Lunatic asylums Central Provinces reports 1886-1894 - 1886-1894
Year: 1886
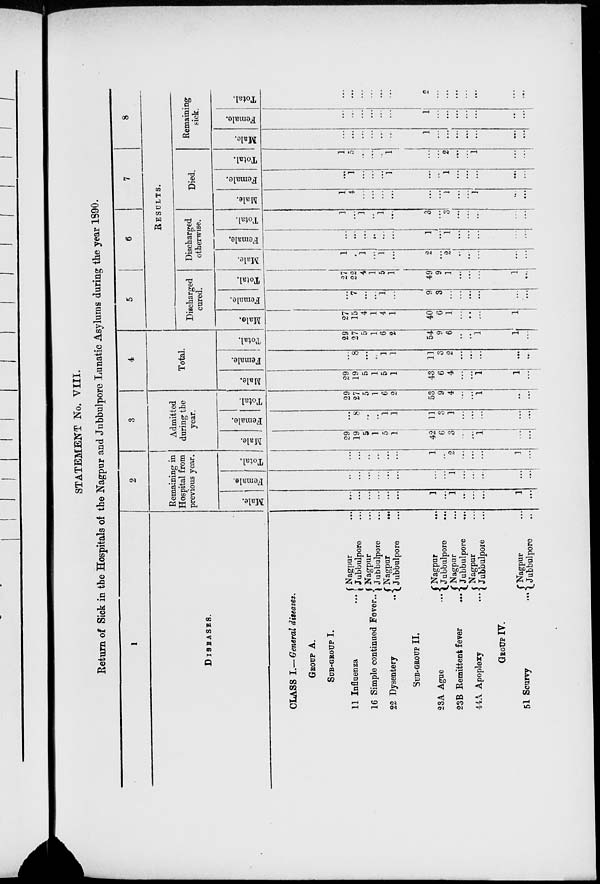
STATEMENT No. VIII.
Return of Sick in the Hospitals of the Nagpur and Jubbulpore Lunatic Asylums during the year 1890.
1
DISEASES.
CLASS I.— General diseases.
GROUP A.
SUB-GROUP I.
11 Influenza ...
16 Simple continued Fever ...
22 Dysentery
...
Nagpur ...
Jubbulpore ...
Nagpur ...
Jubbulpore ...
Nagpur ...
Jubbulpore ...
SUB-GROUP II.
23A Ague ...
23B Remittent fever
...
44A Apoplexy
...
Nagpur ...
Jubbulpore ...
Nagpur ...
Jubbulpore
...
Nagpur ...
Jubbulpore ...
GROUP IV.
51 Scurvy
... Nagpur ...
Jubbulpore ...
2
Remaining in
Hospital from
previous year.
Male.
...
...
...
...
...
...
1
...
1
...
...
...
1
...
Female.
...
...
...
...
...
...
...
...
1
...
...
...
...
...
Total.
...
...
...
...
...
...
1
...
2
...
...
...
1
...
3
Admitted
during the
year.
Male.
29
19
5
1
5
1
42
6
3
...
...
1
...
...
Female.
...
8
...
...
1
1
11
3
1
...
...
...
...
...
Total.
29
27
5
1
6
2
53
9
4
...
...
1
...
...
4
Total.
Male.
29
19
5
1
5
1
43
6
4
...
...
1
1
...
Female.
...
8
...
...
1
1
11
3
2
...
...
...
...
...
Total.
29
27
5
1
6
2
54
9
6
...
...
1
1
...
5
6
7
8
RESULTS.
Discharged
cured.
Male.
27
15
4
1
4
1
40
6
1
...
...
...
1
...
Female.
...
7
...
...
1
...
9
3
...
...
...
...
...
...
Total.
27
22
4
1
5
1
49
9
1
...
...
...
1
...
Discharged
otherwise.
Male.
1
...
1
...
1
...
2
...
2
...
...
...
...
...
Female.
...
...
...
...
...
...
1
...
1
...
...
...
...
...
Total.
1
...
1
...
1
...
3
...
3
...
...
...
...
...
Died.
Male.
1
4
...
...
...
...
...
...
1
...
...
1
...
...
Female.
...
1
...
...
...
1
...
...
1
...
...
...
...
...
Total.
1
5
...
...
...
1
...
...
2
...
...
1
...
...
Remaining
sick.
Male.
...
...
...
...
...
...
1
...
...
...
...
...
...
...
Female.
...
...
...
...
...
...
1
...
...
...
...
...
...
...
Total.
...
...
...
...
...
...
2
...
...
...
...
...
...
...